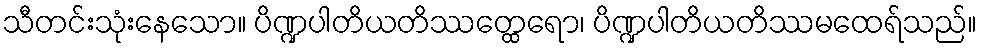
သီတင်းသုံးနေသော။ ပိဏ္ဍပါတိယတိဿတ္ထေရော၊ ပိဏ္ဍပါတိယတိဿမထေရ်သည်။